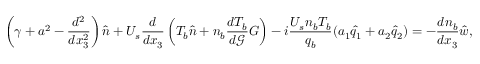
\left( \gamma + a ^ { 2 } - \frac { d ^ { 2 } } { d x _ { 3 } ^ { 2 } } \right) \hat { n } + U _ { s } \frac { d } { d x _ { 3 } } \left( T _ { b } \hat { n } + n _ { b } \frac { d T _ { b } } { d \mathcal { G } } G \right) - i \frac { U _ { s } n _ { b } T _ { b } } { q _ { b } } ( a _ { 1 } \hat { q } _ { 1 } + a _ { 2 } \hat { q } _ { 2 } ) = - \frac { d n _ { b } } { d x _ { 3 } } \hat { w } ,